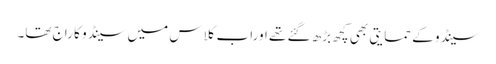
سینڈو کے حمایتی بھی کچھ بڑھ گئے تھے اوراب کلاس میں سینڈو کا راج تھا۔